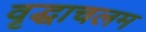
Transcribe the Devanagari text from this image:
वृद्धाचलम